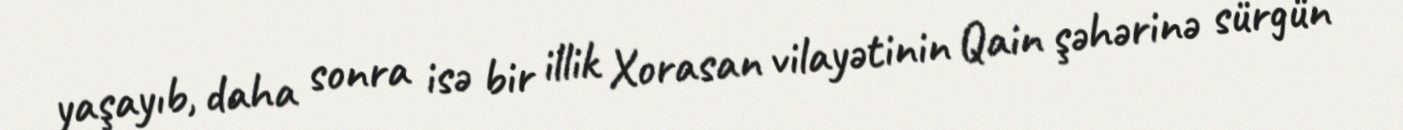
yaşayıb, daha sonra isə bir illik Xorasan vilayətinin Qain şəhərinə sürgün